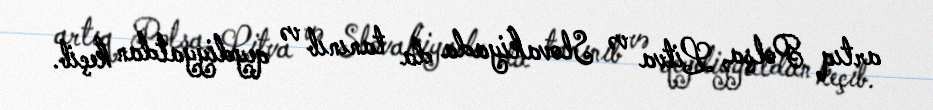
artıq Polşa, Litva və Slovakiyada da tanınıb və qeydiyyatdan keçib.